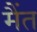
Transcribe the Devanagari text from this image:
मैंत